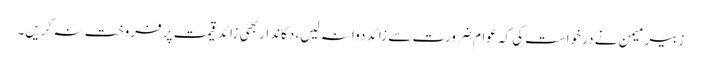
زبیر میمن نے درخواست کی کہ عوام ضرورت سے زائد دوا نہ لیں، دکاندار بھی زائد قیمت پر فروخت نہ کریں۔